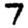
Digit: 7